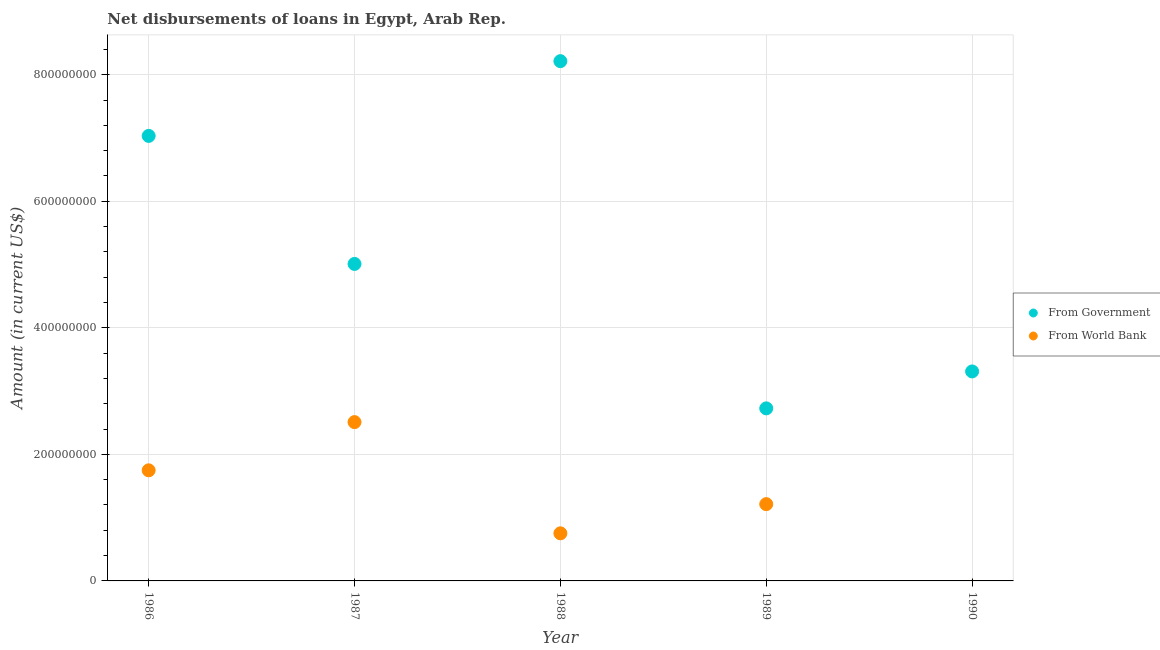
| Year | From Government | From World Bank |
 | --- | --- | --- |
 | 1986 | 7.03e+08 | 1.75e+08 |
 | 1987 | 5.01e+08 | 2.51e+08 |
 | 1988 | 8.21e+08 | 7.52e+07 |
 | 1989 | 2.73e+08 | 1.21e+08 |
 | 1990 | 3.31e+08 | -9.08e+06 |